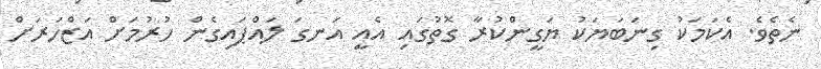
ނެތެވެ. އެކަމަކު ގިނަބަޔަކު ޔަގީންކުރާ ގޮތުގައި އެއީ އަނގަ ލައްޕައިގެން ހުރުމަށް އަޒްހަރަށް